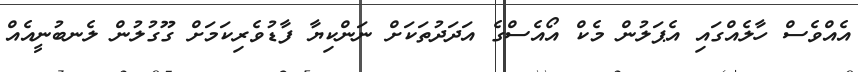
އެއްވެސް ހާލެއްގައި އެޕަލުން މެކް އޯއެސްގެ އަދަދުތަކަށް ނަންކިޔާ ފާޑުވެރިކަމަށް ގޫގުލުން ލެނބުނީއެއް